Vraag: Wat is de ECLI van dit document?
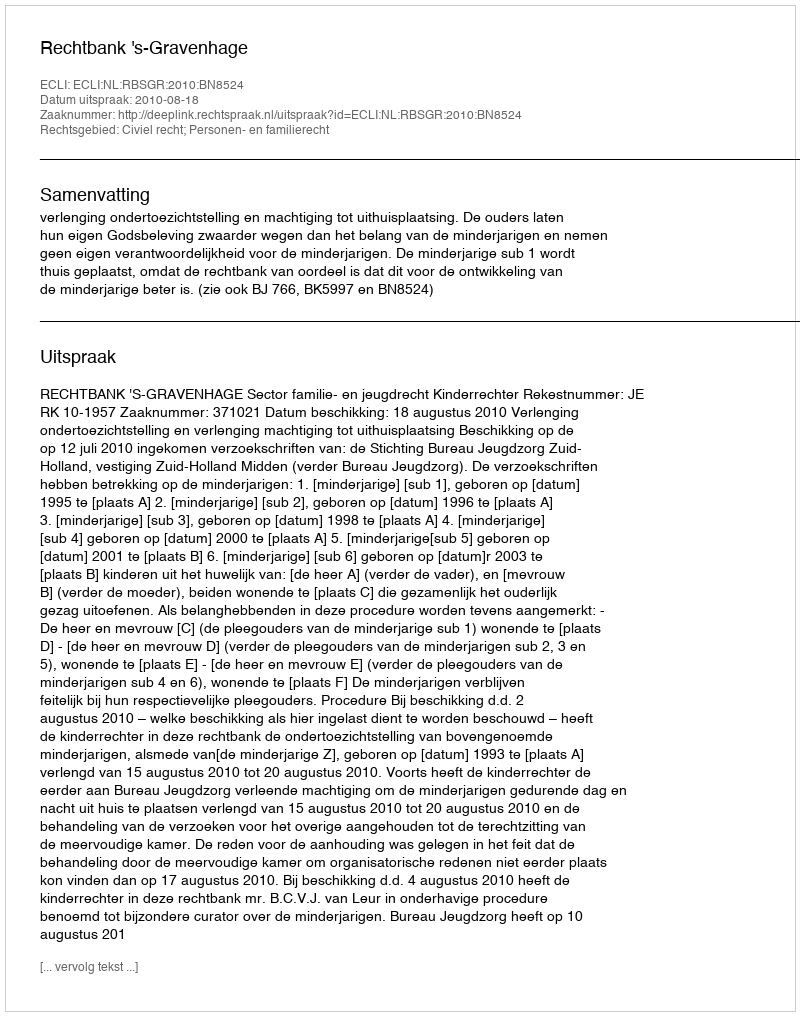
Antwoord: ECLI:NL:RBSGR:2010:BN8524